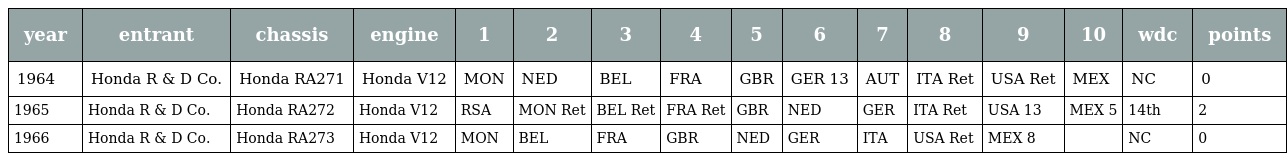
| year | entrant | chassis | engine | 1 | 2 | 3 | 4 | 5 | 6 | 7 | 8 | 9 | 10 | wdc | points |
 | --- | --- | --- | --- | --- | --- | --- | --- | --- | --- | --- | --- | --- | --- | --- | --- |
 | 1964 | Honda R & D Co. | Honda RA271 | Honda V12 | MON | NED | BEL | FRA | GBR | GER 13 | AUT | ITA Ret | USA Ret | MEX | NC | 0 |
 | 1965 | Honda R & D Co. | Honda RA272 | Honda V12 | RSA | MON Ret | BEL Ret | FRA Ret | GBR | NED | GER | ITA Ret | USA 13 | MEX 5 | 14th | 2 |
 | 1966 | Honda R & D Co. | Honda RA273 | Honda V12 | MON | BEL | FRA | GBR | NED | GER | ITA | USA Ret | MEX 8 |  | NC | 0 |